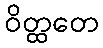
ဝိတ္ထတေ